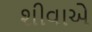
શીવાએ